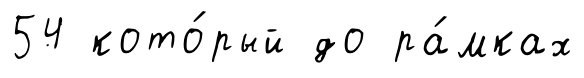
54 кото́рый до ра́мках